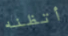
أتظنه